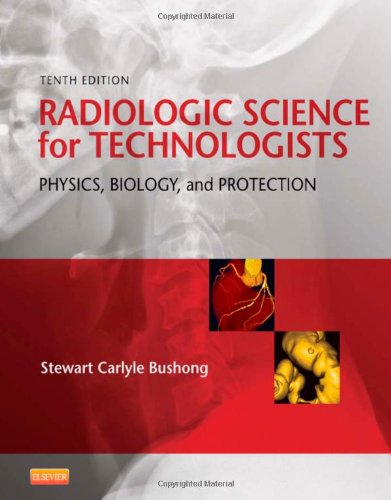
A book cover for Radiologic Science for Technologists: Physics, Biology, and Protection, 10e; Stewart C. Bushong ScD  FACR  FACMP; Medical Books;